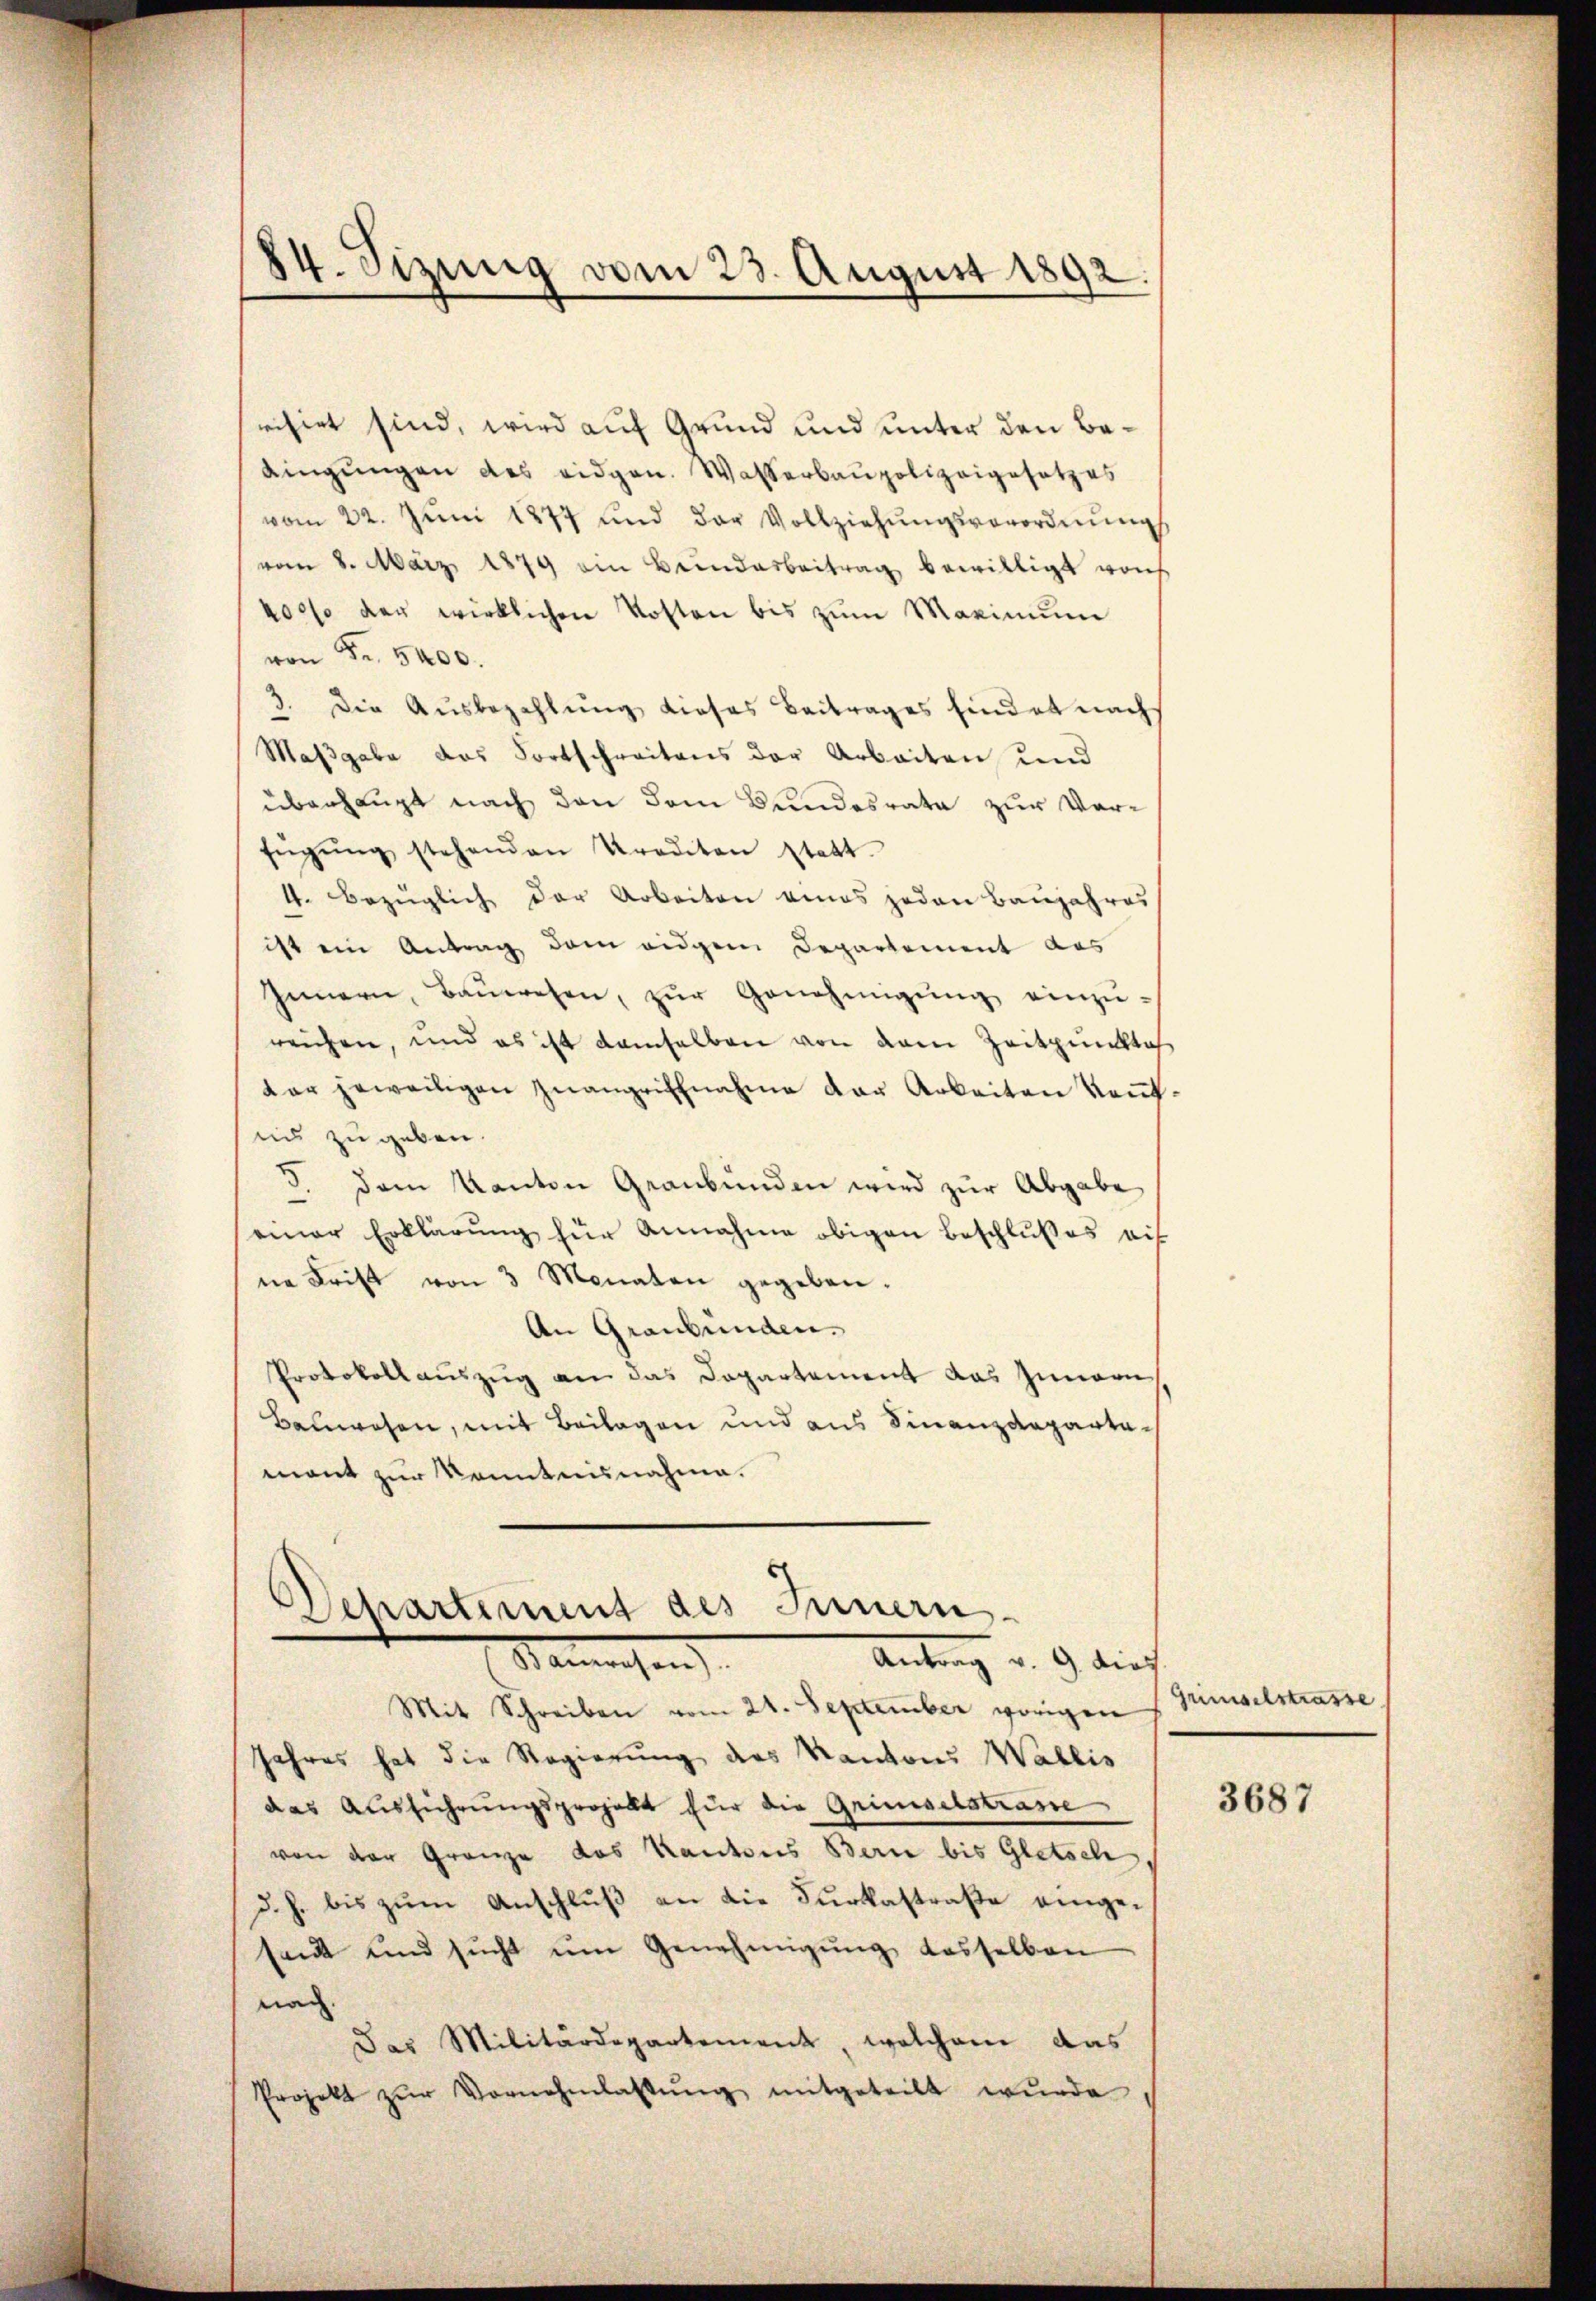
84. Sizung vom 23. August 1892

risirt sind, wird auf Grund und unter den Bedingungen des eidgen. Wasserbaupolizeigesetzes
vom 22. Jŭni 1877 und der Vollziehŭngsverordnŭngs
vom 8. März 1879 ein Bundesbeitrag bewilligt von
400% der wirklichen Kosten bis zŭm Maximum
von Fr. 5400.
3. Die Ausbezahlung dieses Beitrages findet nachs
Maßgabe das Fortschreitens der Arbeiten und
überhaupt nach den dem Bundesrate zur Verfügŭng stehenden Krediton statt.
4. bezügliche der Arbeiten eines jeden Baujahres
ist ein Antrag dem eidgem Departement des
Innern, Baŭwesen, zŭr Genehmigŭng einzŭ-
reichen, und es ist demselben von dem Zeitpunkti
dar jeweiligen Zwangriffnahme der Arbeiten Kentins zu geben.
d. dem Kanton Graubünden wird zur Abgabe
einer Erklärung für Annahme obigen Beschlußes auf
ne Frist von 3 Monaten gegeben.
An Graubünden.
Protokollauszug an das Departement das Zunarn
Bauwesen, mit Beilagen und aus Finanzdepartamant zur Kenntnisnahme.

Departement des Innern.
Semessen
Antrag v. 9. dies

Mit Schreiben vom 21. September vorigen
Jahres hat die Regierung des Kantons Wallis
das Ausführungsprojekt für die Grimselstrasse
von der Gränze des Kantons Berne bis Gletsch
d. h. bis zum Anschluß an die Furkastraße eingesandt und sŭcht ŭm Genehmigŭng dasselben
mag.
das Militärdepartement, welchem das
Projekt zŭr Vornehmlassŭng mitgeteilt wŭrde

Grimselstrasse

3687